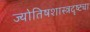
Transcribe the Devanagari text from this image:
ज्योतिषशास्त्रदृष्ट्या